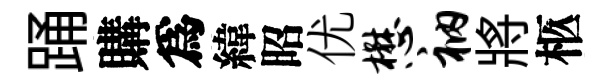
踊購爲緯昭优懋衲將柩